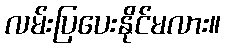
လမ်းပြပေးနိုင်မလား။